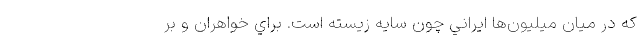
كه در ميان ميليون‌ها ايراني چون سايه زيسته است. براي خواهران و بر